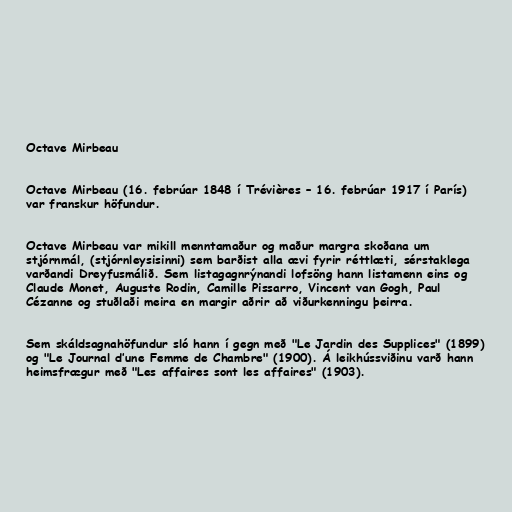
Octave Mirbeau

Octave Mirbeau (16. febrúar 1848 í Trévières – 16. febrúar 1917 í París)
var franskur höfundur.

Octave Mirbeau var mikill menntamaður og maður margra skoðana um
stjórnmál, (stjórnleysisinni) sem barðist alla ævi fyrir réttlæti, sérstaklega
varðandi Dreyfusmálið. Sem listagagnrýnandi lofsöng hann listamenn eins og
Claude Monet, Auguste Rodin, Camille Pissarro, Vincent van Gogh, Paul
Cézanne og stuðlaði meira en margir aðrir að viðurkenningu þeirra.

Sem skáldsagnahöfundur sló hann í gegn með "Le Jardin des Supplices" (1899)
og "Le Journal d’une Femme de Chambre" (1900). Á leikhússviðinu varð hann
heimsfrægur með "Les affaires sont les affaires" (1903).